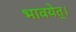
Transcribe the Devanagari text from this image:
भावयेत्‌।